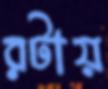
রটায়